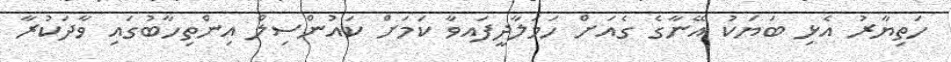
ހަތިޔާރު އެޅި ބަޔަކު އޭނާގެ ގެއަށް ހަމަލާދީފައވާ ކަމަށް ކައުންސިލް އިންތިހާބުގައި ވާދަކުރާ